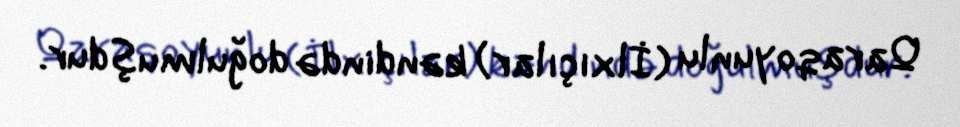
Qaraqoyunlu (İlxıçılar) kəndində doğulmuşdur.